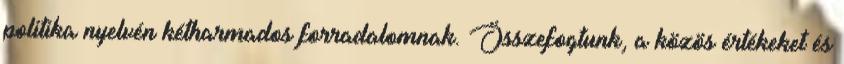
politika nyelvén kétharmados forradalomnak. Összefogtunk, a közös értékeket és